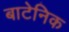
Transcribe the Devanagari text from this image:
बाटेनिक